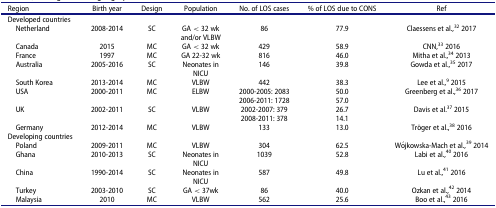
<table><thead><tr><td><b>Region</b></td><td><b>Birth year</b></td><td><b>Design</b></td><td><b>Population</b></td><td><b>No. of LOS cases</b></td><td><b>% of LOS due to CONS</b></td><td><b>Ref</b></td></tr></thead><tbody><tr><td>Developed countries</td><td> </td><td> </td><td> </td><td> </td><td> </td><td> </td></tr><tr><td> Netherland</td><td>2008-2014</td><td>SC</td><td>GA &lt; 32 wk</td><td>86</td><td>77.9</td><td>Claessens et al.,<sup>32</sup> 2017</td></tr><tr><td> </td><td> </td><td> </td><td>and/or VLBW</td><td> </td><td> </td><td> </td></tr><tr><td> Canada</td><td>2015</td><td>MC</td><td>GA &lt; 32 wk</td><td>429</td><td>58.9</td><td>CNN,<sup>33</sup> 2016</td></tr><tr><td> France</td><td>1997</td><td>MC</td><td>GA 22-32 wk</td><td>816</td><td>46.0</td><td>Mitha et al.,<sup>34</sup> 2013</td></tr><tr><td> Australia</td><td>2005-2016</td><td>SC</td><td>Neonates in</td><td>146</td><td>39.8</td><td>Gowda et al.,<sup>35</sup> 2017</td></tr><tr><td> </td><td> </td><td> </td><td>NICU</td><td> </td><td> </td><td> </td></tr><tr><td> South Korea</td><td>2013-2014</td><td>MC</td><td>VLBW</td><td>442</td><td>38.3</td><td>Lee et al.,<sup>9</sup> 2015</td></tr><tr><td> USA</td><td>2000-2011</td><td>MC</td><td>ELBW</td><td>2000-2005: 2083</td><td>50.0</td><td>Greenberg et al.,<sup>36</sup> 2017</td></tr><tr><td> </td><td> </td><td> </td><td> </td><td>2006-2011: 1728</td><td>57.0</td><td> </td></tr><tr><td> UK</td><td>2002-2011</td><td>SC</td><td>VLBW</td><td>2002-2007: 379</td><td>26.7</td><td>Davis et al.<sup>37</sup> 2015</td></tr><tr><td> </td><td> </td><td> </td><td> </td><td>2008-2011: 378</td><td>14.1</td><td> </td></tr><tr><td> Germany</td><td>2012-2014</td><td>MC</td><td>VLBW</td><td>133</td><td>13.0</td><td>Tröger et al.,<sup>38</sup> 2016</td></tr><tr><td>Developing countries</td><td> </td><td> </td><td> </td><td> </td><td> </td><td> </td></tr><tr><td> Poland</td><td>2009-2011</td><td>MC</td><td>VLBW</td><td>304</td><td>62.5</td><td>Wójkowska-Mach et al.,<sup>39</sup> 2014</td></tr><tr><td> Ghana</td><td>2010-2013</td><td>SC</td><td>Neonates in</td><td>1039</td><td>52.8</td><td>Labi et al.,<sup>40</sup> 2016</td></tr><tr><td> </td><td> </td><td> </td><td>NICU</td><td> </td><td> </td><td> </td></tr><tr><td> China</td><td>1990-2014</td><td>SC</td><td>Neonates in</td><td>587</td><td>49.8</td><td>Lu et al.,<sup>41</sup> 2016</td></tr><tr><td> </td><td> </td><td> </td><td>NICU</td><td> </td><td> </td><td> </td></tr><tr><td> Turkey</td><td>2003-2010</td><td>SC</td><td>GA &lt; 37wk</td><td>86</td><td>40.0</td><td>Ozkan et al.,<sup>42</sup> 2014</td></tr><tr><td> Malaysia</td><td>2010</td><td>MC</td><td>VLBW</td><td>562</td><td>25.6</td><td>Boo et al.,<sup>43</sup> 2016</td></tr></tbody></table>